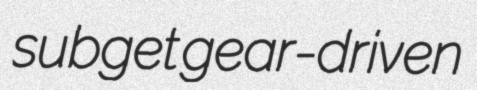
subget gear-driven